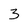
Character: 3